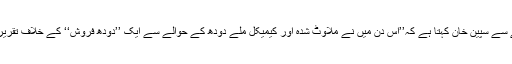
اس حوالے سے سپین خان کہتا ہے کہ’’اس دن مَیں نے ملاوٹ شدہ اور کیمیکل ملے دودھ کے حوالے سے ایک ’’دودھ فروش‘‘ کے خلاف تقریر کی تھی۔